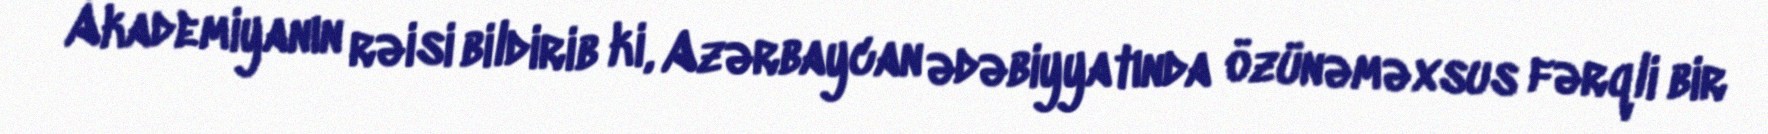
Akademiyanın rəisi bildirib ki, Azərbaycan ədəbiyyatında özünəməxsus fərqli bir